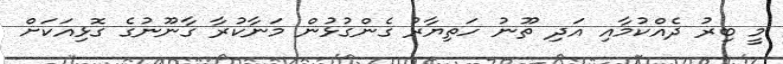
މީ ބިރު ދެއްކުމާއި އަދި ތޫނު ހަތިޔާރު ގެންގުޅުން މަނާކުރާ ގާނޫނުގެ ގޮޅިއަކަށް